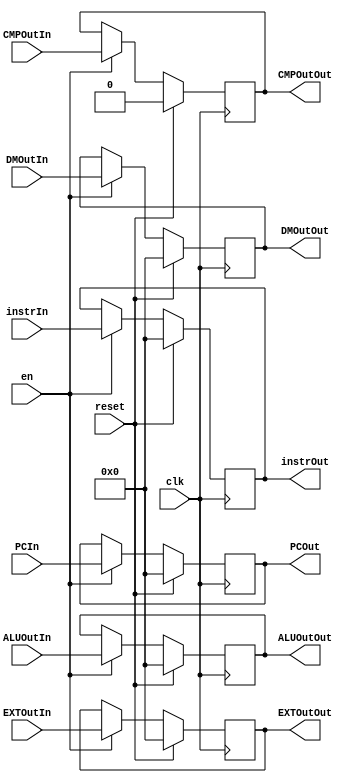
`timescale 1ns / 1ps

module WREG (
    input clk,
    input reset,
    input en,
    input [31:0] instrIn,
    input [31:0] PCIn,
    input [31:0] ALUOutIn,
    input [31:0] DMOutIn,
	input [31:0] EXTOutIn,
	input CMPOutIn,
    output reg [31:0] instrOut,
    output reg [31:0] PCOut,
    output reg [31:0] ALUOutOut,
    output reg [31:0] DMOutOut,
	output reg [31:0] EXTOutOut,
	output reg CMPOutOut
);

	initial begin
		instrOut <= 0;
		PCOut <= 0;
		ALUOutOut <= 0;
		DMOutOut <= 0;
		EXTOutOut <= 0;
		CMPOutOut <= 0;	
	end

    always @(posedge clk) begin
        if (reset) begin
            instrOut <= 0;
            PCOut <= 0;
            ALUOutOut <= 0;
            DMOutOut <= 0;
			EXTOutOut <= 0;
			CMPOutOut <= 0;
        end else if(en) begin
            instrOut <= instrIn;
            PCOut <= PCIn;
            ALUOutOut <= ALUOutIn;
            DMOutOut <= DMOutIn;
			EXTOutOut <= EXTOutIn;
			CMPOutOut <= CMPOutIn;
        end
    end

endmodule